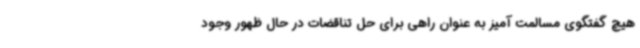
هیچ گفتگوی مسالمت آمیز به عنوان راهی برای حل تناقضات در حال ظهور وجود